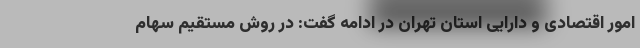
امور اقتصادی و دارایی استان تهران در ادامه گفت: در روش مستقیم سهام